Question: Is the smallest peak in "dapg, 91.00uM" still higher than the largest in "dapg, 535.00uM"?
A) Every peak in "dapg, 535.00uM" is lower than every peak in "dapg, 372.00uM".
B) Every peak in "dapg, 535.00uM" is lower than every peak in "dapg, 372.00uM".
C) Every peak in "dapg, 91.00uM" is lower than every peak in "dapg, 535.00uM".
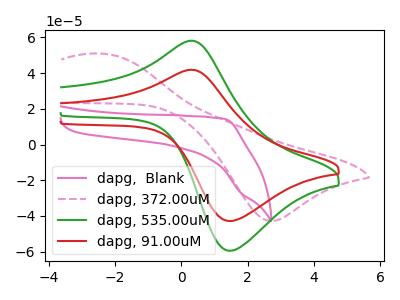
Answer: <think>The pink curve "dapg,  Blank" has no peaks. The pink dashed curve "dapg, 372.00uM" has an anodic peak at (-2.40V, 50.95uA) and a cathodic peak at (2.70V, -42.90uA). The green curve "dapg, 535.00uM" has an anodic peak at (0.25V, 58.15uA) and a cathodic peak at (1.50V, -59.55uA). The red curve "dapg, 91.00uM" has an anodic peak at (0.25V, 41.85uA) and a cathodic peak at (1.50V, -42.90uA).</think>
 <answer>C) Every peak in "dapg, 91.00uM" is lower than every peak in "dapg, 535.00uM".</answer>
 <eval>C</eval>